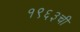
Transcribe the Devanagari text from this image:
१९६३ची